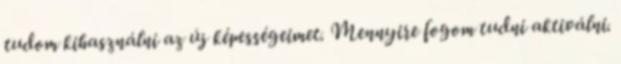
tudom kihasználni az új képességeimet. Mennyire fogom tudni aktiválni.